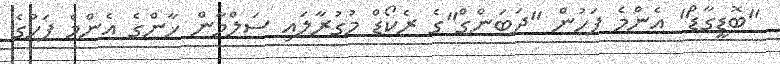
"ބޮޑީގާޑް" އެންމެ ފަހުން "ދަބަންގް"ގެ ރެކޯޑް މުގުރާލައި ސަލްމާން ޚާންގެ އެންމެ ފަހުގެ